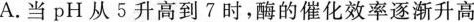
A.当pH从5升高到7时，酶的催化效率逐渐升高